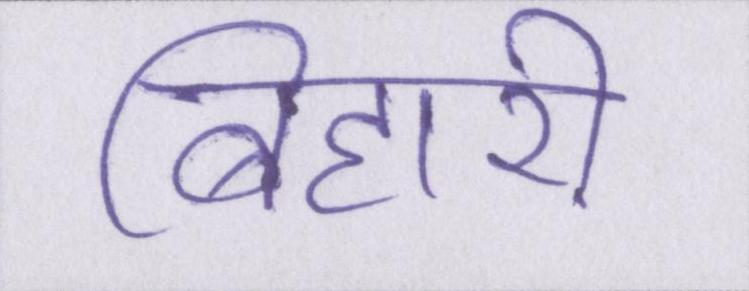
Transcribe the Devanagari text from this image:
बिहारी